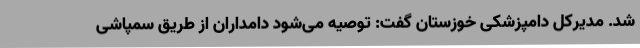
شد. مدیرکل دامپزشکی خوزستان گفت: توصیه می‌شود دامداران از طریق سمپاشی